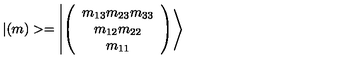
| ( m ) > = \left| \left( \begin{array} { c } { m _ { 1 3 } m _ { 2 3 } m _ { 3 3 } } \\ { m _ { 1 2 } m _ { 2 2 } } \\ { m _ { 1 1 } } \\ \end{array} \right) \right>